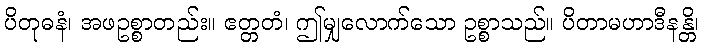
ပိတုဓနံ၊ အဖဥစ္စာတည်း။ ဧတ္တတံ၊ ဤမျှလောက်သော ဥစ္စာသည်။ ပိတာမဟာဒီနန္တိ၊